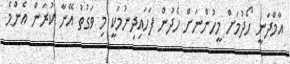
އާމްދަނީ ހޯދުމަށް މީހުންނަށް ހެދުން ފަހައިދިނުމަކީ މި ވަގުތު އޭނާ ކުރަން އެންމެ